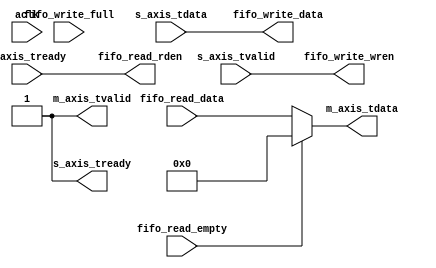
module axis_fifo_1 #
(
  parameter integer S_AXIS_TDATA_WIDTH = 32,
  parameter integer M_AXIS_TDATA_WIDTH = 32
)
(
  input  wire                          aclk,
  output wire                          s_axis_tready,
  input  wire [S_AXIS_TDATA_WIDTH-1:0] s_axis_tdata,
  input  wire                          s_axis_tvalid,
  input  wire                          m_axis_tready,
  output wire [M_AXIS_TDATA_WIDTH-1:0] m_axis_tdata,
  output wire                          m_axis_tvalid,
  input  wire                          fifo_write_full,
  output wire [S_AXIS_TDATA_WIDTH-1:0] fifo_write_data,
  output wire                          fifo_write_wren,
  input  wire                          fifo_read_empty,
  input  wire [M_AXIS_TDATA_WIDTH-1:0] fifo_read_data,
  output wire                          fifo_read_rden
);
  assign m_axis_tdata = fifo_read_empty ? {(M_AXIS_TDATA_WIDTH){1'b0}} : fifo_read_data;
  assign m_axis_tvalid = 1'b1;
  assign s_axis_tready = 1'b1;
  assign fifo_read_rden = m_axis_tready;
  assign fifo_write_data = s_axis_tdata;
  assign fifo_write_wren = s_axis_tvalid;
endmodule